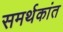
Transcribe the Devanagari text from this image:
समर्थकांत